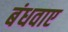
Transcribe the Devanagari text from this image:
बंधवाए